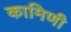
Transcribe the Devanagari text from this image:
कामिणी